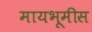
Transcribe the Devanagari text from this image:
मायभूमीस